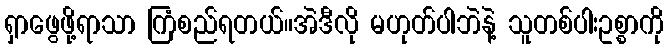
ရှာဖွေဖို့ရာသာ ကြံစည်ရတယ်။အဲဒီလို မဟုတ်ပါဘဲနဲ့ သူတစ်ပါးဥစ္စာကို